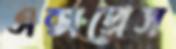
এক্‌সপ্রেস